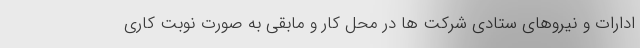
ادارات و نیروهای ستادی شرکت ها در محل کار و مابقی به صورت نوبت کاری